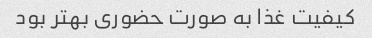
کیفیت غذا به صورت حضوری بهتر بود